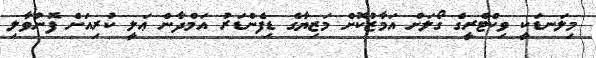
މިލަނޑަކީ ވިކްޓްރީގެ ގޯލަށް އަމާޒުކޮށް މަޒިޔާގެ ޑިފެންޑަރު އަމްދާން ޢަލީ ކުރިއަށް ފޮނުވާލި